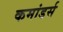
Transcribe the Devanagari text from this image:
कमांडर्स